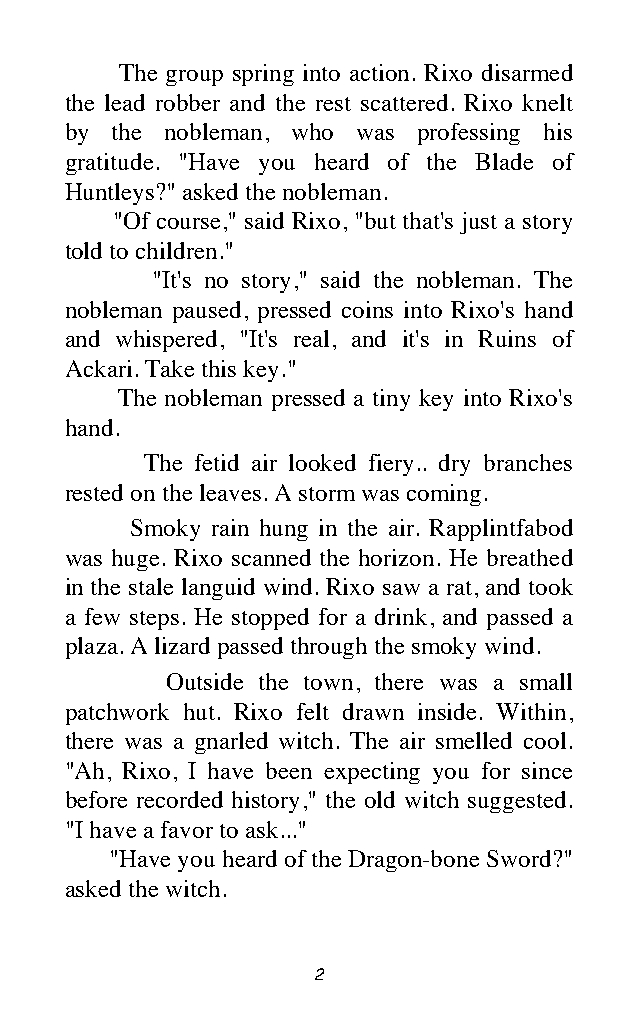
The group spring into action. Rixo disarmed
 the lead robber and the rest scattered. Rixo knelt
 by the nobleman, who was professing his
 gratitude. "Have you heard of the Blade of
 Huntleys?" asked the nobleman.
 "Of course," said Rixo, "but that's just a story
 told to children."
 "It's no story," said the nobleman. The
 nobleman paused, pressed coins into Rixo's hand
 and whispered, "It's real, and it's in Ruins of
 Ackari. Take this key."
 The nobleman pressed a tiny key into Rixo's
 hand.
 The fetid air looked fiery.. dry branches
 rested on the leaves. A storm was coming.
 Smoky rain hung in the air. Rapplintfabod
 was huge. Rixo scanned the horizon. He breathed
 in the stale languid wind. Rixo saw a rat, and took
 a few steps. He stopped for a drink, and passed a
 plaza. A lizard passed through the smoky wind.
 Outside the town, there was a small
 patchwork hut. Rixo felt drawn inside. Within,
 there was a gnarled witch. The air smelled cool.
 "Ah, Rixo, I have been expecting you for since
 before recorded history," the old witch suggested.
 "I have a favor to ask..."
 "Have you heard of the Dragon-bone Sword?"
 asked the witch.
 2